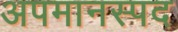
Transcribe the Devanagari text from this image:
अपमानस्पद